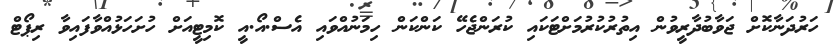
ހަރުދަނާކޮށް ޖަވާބުދާރީވުން އިތުރުކުރުމަށްޓަކައި ކުރަންޖެހޭ ކަންކަން ހިމަނުއްވައި އެސް.އޯ.އީ ކޮމިޓީއަށް ހުށަހަޅުއްވާފައިވާ ރިޕޯޓް